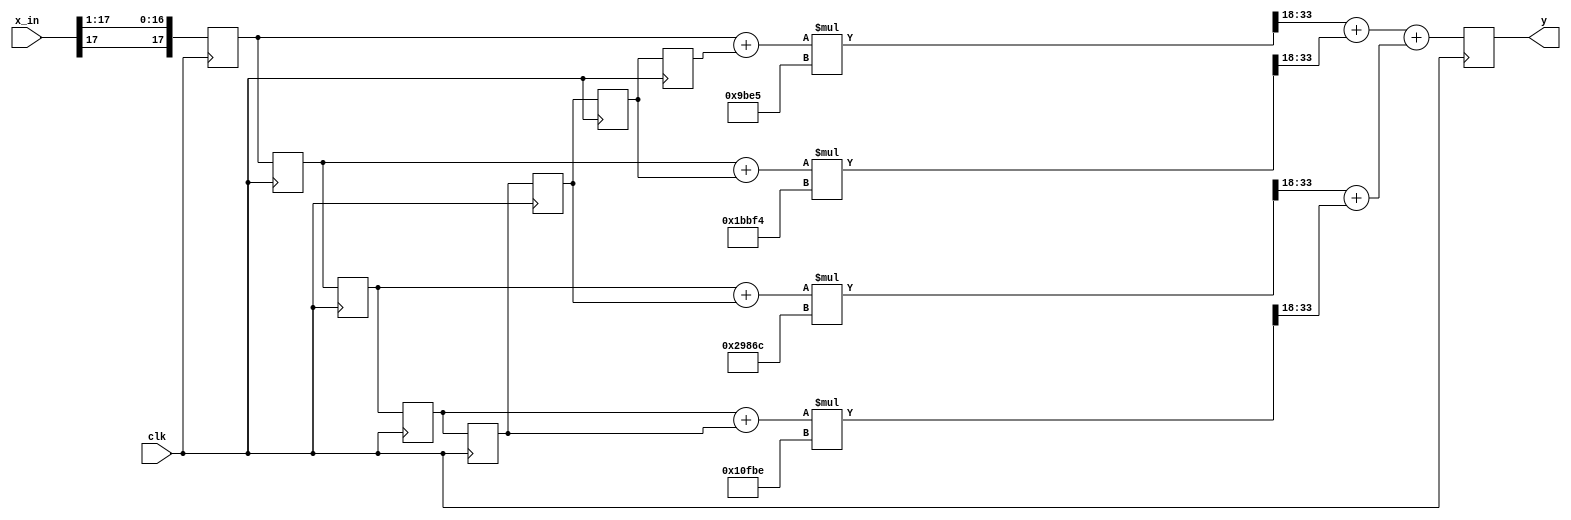
module pulse_shaping_filter (
          input clk,
		   input signed [17:0] x_in,
		   output reg signed [17:0] y   );
integer i;

//---------------------------------------------
// Comment these lines of code before you begin
//	always@*
//	y <= x_in;
// Endo of line to comment
//---------------------------------------------

	
/*			3.1.12			*/
//(* noprune *) reg signed [17:0] add1, xD, xD1, xD2, xD3, xD4, xD5, xD6, xD7;
//always @ *
//	add1 = x_in + xD;
//	
////first delay is an acc
//always @ (posedge clk)
//	xD = add1;
//	
////Chain of delays
//always @ (posedge clk)
//	xD1 = xD;
//always @ (posedge clk)
//	xD2 = xD1;
//always @ (posedge clk)
//	xD3 = xD2;
//always @ (posedge clk)
//	xD4 = xD3;
//always @ (posedge clk)
//	xD5 = xD4;
//always @ (posedge clk)
//	xD6 = xD5;
//always @ (posedge clk)
//	xD7 = xD6;
//	
////final adder
//always @ (posedge clk)
//	y = add1 - xD7;
	
/*				3.1.19			*/
integer j;		
//b is a 1d vector with 16 elements, each element is 18 bits wide
reg signed [17:0]	b[3:0];				 
reg signed [17:0]	x[7:0];	
reg signed [35:0] mult_out[3:0];
reg signed [17:0] sum_level_1[3:0];
reg signed [17:0] sum_level_2[1:0];
reg signed [17:0] sum_level_3;


always @ (posedge clk)
	x[0] = { x_in[17], x_in[17:1]};	// sign extend input to 2s16
//	x[0] = x_in;	//leave input as 1s17?

//This is a chain of 8 delayed registers one after the other as seen in Lab 2 from EE461
always @ (posedge clk)
	begin
		for(j=1; j<8;j=j+1)
			x[j] <= x[j-1];
	end

//This is where the registers with common coefficiencts are summed together | EE461 Lab 2 p.6 
always @ *
	for(j=0;j<=3;j=j+1)
		sum_level_1[j] = x[j]+x[7-j];


//Multiple the registers with the same coeff w/their respective coeff | EE461 Lab 2 p.6  
always @ *
	//4.1.10b
//always @ (posedge clk)
	for(j=0;j<=3; j=j+1)
		mult_out[j] = sum_level_1[j] * b[j];

////Sum the first adder row of registers; output of multipliers are trimmed from 3s33 -> 2s16 | EE461 Lab 2 p.7
always @ *
	for(j=0;j<=1;j=j+1)
		sum_level_2[j] = mult_out[2*j][33:18] + mult_out[2*j+1][33:18];

//Sum the last adder row of registers to get y[n] | EE461 Lab 2 p.7
always @ *
	sum_level_3 = sum_level_2[0] + sum_level_2[1];

always @ (posedge clk)
	y = sum_level_3;

// These are the coefficients; should be found via matlab
always @ *
   begin
   b[0] =  18'sd   39909;
   b[1] =  18'sd   113652;
   b[2] =  18'sd   170092;
   b[3] =  18'sd	 200638;
   end


endmodule